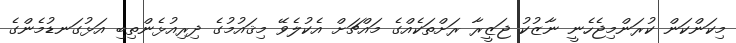
މިކަންކަން ކުރަންމިޖެހެނީ ނާޒުކު ޖަޒީރާ ރަށްތަކެއްގެ މައްޗަށް އެކުލެވޭ މިޤައުމުގެ ދިރިއުޅެންތިބި އަޅުގަނޑުމެންގެ